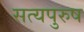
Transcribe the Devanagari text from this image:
सत्यपुरुष